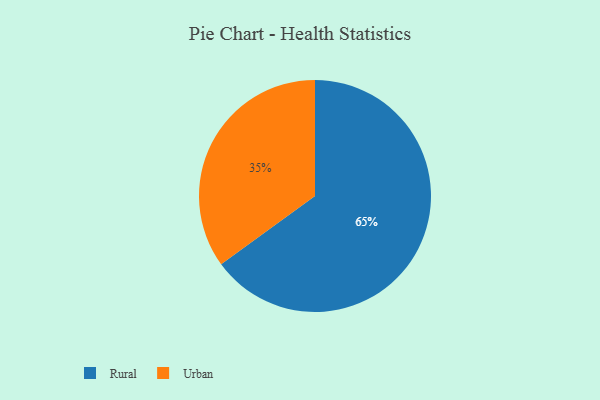
{"axis": {"x": "Category", "y": "Percentage"}, "legend": ["Rural", "Urban"], "data": [{"x": "Rural", "y": 65, "type": "Rural"}, {"x": "Urban", "y": 35, "type": "Urban"}]}